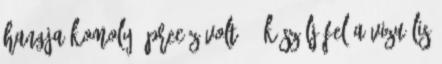
hangja komoly, precíz volt. - Készülj fel a vizuális